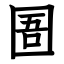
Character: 圄